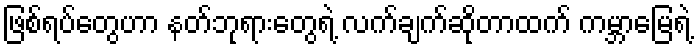
ဖြစ်ရပ်တွေဟာ နတ်ဘုရားတွေရဲ့ လက်ချက်ဆိုတာထက် ကမ္ဘာမြေရဲ့